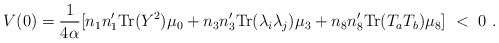
\begin{align*}V(0) = {1 \over {4\alpha}} [ n_1 n_1' {\rm Tr}(Y^2) \mu_0 + n_3 n_3' {\rm Tr}(\lambda_i \lambda_j) \mu_3 + n_8 n_8' {\rm Tr}(T_a T_b) \mu_8 ] \ < \ 0 \ .\end{align*}